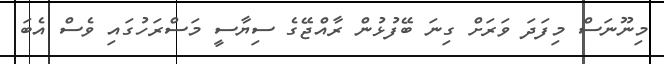
މިނޫނަސް މިފަދަ ވަރަށް ގިނަ ބޭފުޅުން ރާއްޖޭގެ ސިޔާސީ މަސްރަހުގައި ވެސް އެބަ